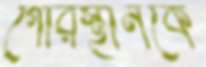
গোরস্থানকে